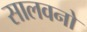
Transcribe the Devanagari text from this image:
सालवनो